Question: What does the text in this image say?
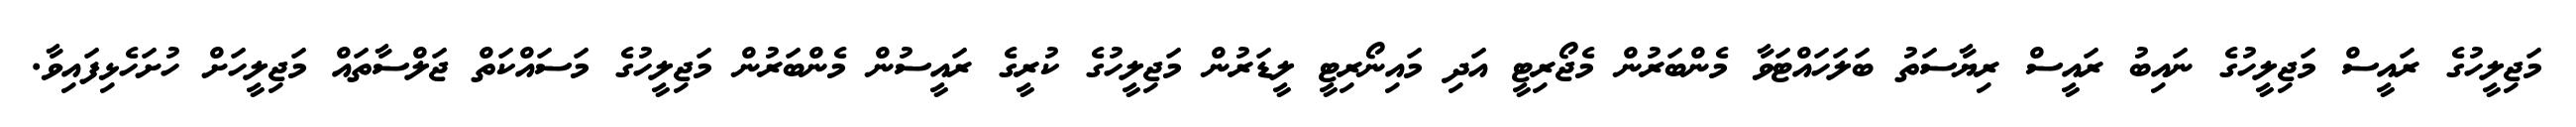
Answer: މަޖިލީހުގެ ރައީސް މަޖިލީހުގެ ނައިބު ރައީސް ރިޔާސަތު ބަލަހައްޓަވާ މެންބަރުން މެޖޯރިޓީ އަދި މައިނޯރިޓީ ލީޑަރުން މަޖިލީހުގެ ކުރީގެ ރައީސުން މެންބަރުން މަޖިލީހުގެ މަސައްކަތް ޖަލްސާތައް މަޖިލީހަށް ހުށަހެޅިފައިވާ.